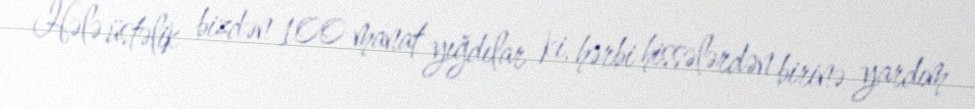
Hələ üstəlik bizdən 100 manat yığdılar ki, hərbi hissələrdən birinə yardım